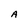
Character: A